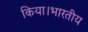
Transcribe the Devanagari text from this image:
किया।भारतीय